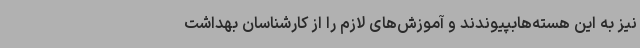
نیز به این هسته‌هابپیوندند و آموزش‌های لازم را از کارشناسان بهداشت